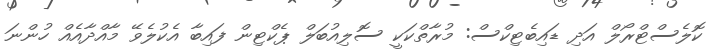
ކޮލެސްޓްރޯލް އަދި ޑައިބެޓިކްސް: މުރާތްކަކީ ސޮލިއުބަލް ޕެކްޓިން ފައިބާ އެކުލެވޭ މާއްދާއެއް ހުންނަ